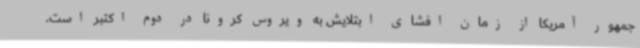
جمهور آمریکا از زمان افشای ابتلایش به ویروس کرونا در دوم اکتبر است.